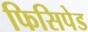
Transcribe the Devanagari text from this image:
फिसिपेड